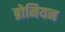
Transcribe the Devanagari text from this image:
ब्रोमियन